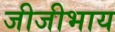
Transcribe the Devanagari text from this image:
जीजीभाय